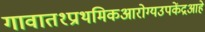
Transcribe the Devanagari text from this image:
गावात१प्राथमिकआरोग्यउपकेंद्रआहे